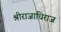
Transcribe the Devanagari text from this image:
श्रीराजाधिराज